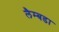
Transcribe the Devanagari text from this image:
लैम्बडा